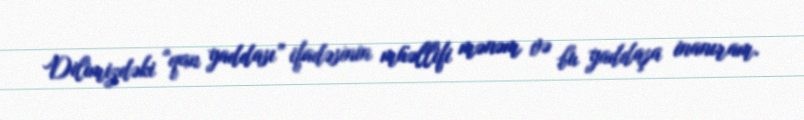
Dilimizdəki "qan yaddası” ifadəsinin müəllifi mənəm və bu yaddaşa inanıram.